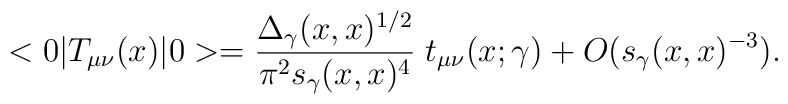
<0|T_{\mu\nu}(x)|0>= {\Delta_\gamma(x,x)^{1/2}\over\pi^2 s_\gamma(x,x)^4}   \; t_{\mu\nu}(x;\gamma) + O(s_\gamma(x,x)^{-3}).